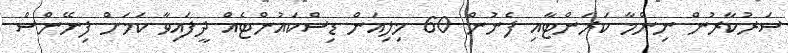
ސަރުކާރުން ނިންމާ ކަރަންޓާއި ފެނުން 60 މިލިއަން ޑިސްކައުންޓެއް ދީފައިވާ ކަމަށް ފިނޭންސް